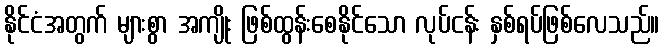
နိုင်ငံအတွက် များစွာ အကျိုး ဖြစ်ထွန်းစေနိုင်သော လုပ်ငန်း နှစ်ရပ်ဖြစ်လေသည်။